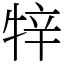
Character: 𤙡